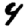
Digit: 4